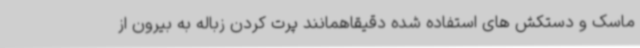
ماسک و دستکش های استفاده شده دقیقاهمانند پرت کردن زباله به بیرون از